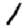
Digit: 1